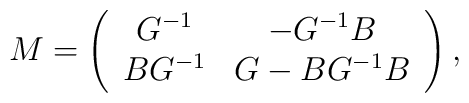
M=\left(\begin{array} {cc}G^{-1} &  -G^{-1}B \\BG^{-1}&  G-BG^{-1}B \end{array}\right),